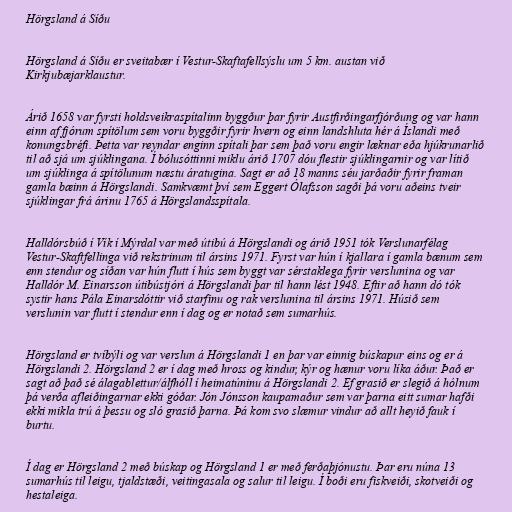
Hörgsland á Síðu

Hörgsland á Síðu er sveitabær í Vestur-Skaftafellsýslu um 5 km. austan við
Kirkjubæjarklaustur.

Árið 1658 var fyrsti holdsveikraspítalinn byggður þar fyrir Austfirðingarfjórðung og var hann
einn af fjórum spítölum sem voru byggðir fyrir hvern og einn landshluta hér á Íslandi með
konungsbréfi. Þetta var reyndar enginn spítali þar sem það voru engir læknar eða hjúkrunarlið
til að sjá um sjúklingana. Í bólusóttinni miklu árið 1707 dóu flestir sjúklingarnir og var lítið
um sjúklinga á spítölunum næstu áratugina. Sagt er að 18 manns séu jarðaðir fyrir framan
gamla bæinn á Hörgslandi. Samkvæmt því sem Eggert Ólafsson sagði þá voru aðeins tveir
sjúklingar frá árinu 1765 á Hörgslandsspítala.

Halldórsbúð í Vík í Mýrdal var með útibú á Hörgslandi og árið 1951 tók Verslunarfélag
Vestur-Skaftfellinga við rekstrinum til ársins 1971. Fyrst var hún í kjallara í gamla bænum sem
enn stendur og síðan var hún flutt í hús sem byggt var sérstaklega fyrir verslunina og var
Halldór M. Einarsson útibústjóri á Hörgslandi þar til hann lést 1948. Eftir að hann dó tók
systir hans Pála Einarsdóttir við starfinu og rak verslunina til ársins 1971. Húsið sem
verslunin var flutt í stendur enn í dag og er notað sem sumarhús.

Hörgsland er tvíbýli og var verslun á Hörgslandi 1 en þar var einnig búskapur eins og er á
Hörgslandi 2. Hörgsland 2 er í dag með hross og kindur, kýr og hænur voru líka áður. Það er
sagt að það sé álagablettur/álfhóll í heimatúninu á Hörgslandi 2. Ef grasið er slegið á hólnum
þá verða afleiðingarnar ekki góðar. Jón Jónsson kaupamaður sem var þarna eitt sumar hafði
ekki mikla trú á þessu og sló grasið þarna. Þá kom svo slæmur vindur að allt heyið fauk í
burtu.

Í dag er Hörgsland 2 með búskap og Hörgsland 1 er með ferðaþjónustu. Þar eru núna 13
sumarhús til leigu, tjaldstæði, veitingasala og salur til leigu. Í boði eru fiskveiði, skotveiði og
hestaleiga.